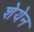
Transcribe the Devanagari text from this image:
शेयेन